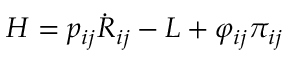
H = p _ { i j } \dot { R } _ { i j } - L + \varphi _ { i j } \pi _ { i j }